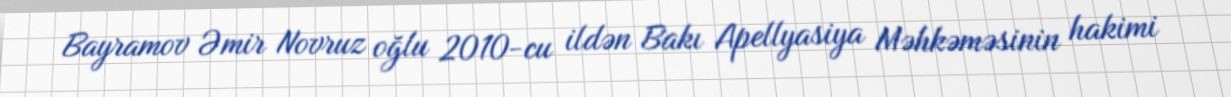
Bayramov Əmir Novruz oğlu 2010-cu ildən Bakı Apellyasiya Məhkəməsinin hakimi